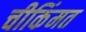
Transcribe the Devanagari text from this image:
चीकिंमत